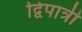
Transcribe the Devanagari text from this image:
द्विपात्री